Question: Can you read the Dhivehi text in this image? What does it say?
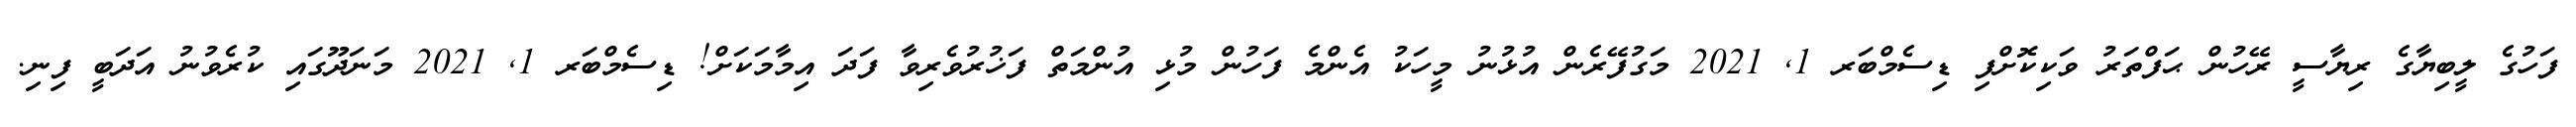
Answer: ފަހުގެ ލީބިޔާގެ ރިޔާސީ ރޭހުން ޙަފްތަރު ވަކިކޮށްފި ޑިސެމްބަރ 1, 2021 މަގުފޭރެން އުޅުނު މީހަކު އެންމެ ފަހުން މުޅި އުންމަތް ފަޚުރުވެރިވާ ފަދަ އިމާމަކަށް! ޑިސެމްބަރ 1, 2021 މަނަދޫގައި ކުރެވުނު އަދަބީ ފިނި.